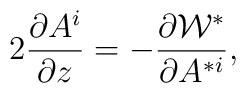
2 \frac{ \partial A^i }{ \partial z}=  -\frac{\partial {\cal W}^*}{\partial A^{*i}} ,